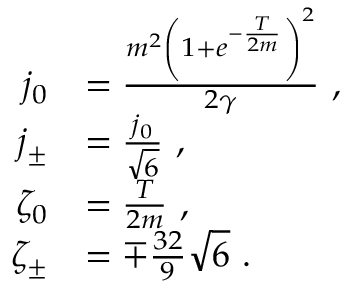
\begin{array} { r l } { j _ { 0 } } & { = \frac { m ^ { 2 } \left( 1 + e ^ { - \frac { T } { 2 m } } \right) ^ { 2 } } { 2 \gamma } \ , } \\ { j _ { \pm } } & { = \frac { j _ { 0 } } { \sqrt { 6 } } \ , } \\ { \zeta _ { 0 } } & { = \frac { T } { 2 m } \ , } \\ { \zeta _ { \pm } } & { = \mp \frac { 3 2 } { 9 } \sqrt { 6 } \ . } \end{array}